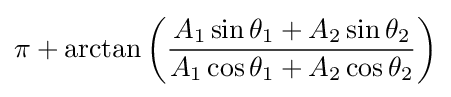
\pi +\arctan \left({\frac {A_{1}\sin \theta _{1}+A_{2}\sin \theta _{2}}{A_{1}\cos \theta _{1}+A_{2}\cos \theta _{2}}}\right)